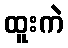
ထူးကဲ